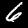
Label: 6